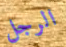
الرجل